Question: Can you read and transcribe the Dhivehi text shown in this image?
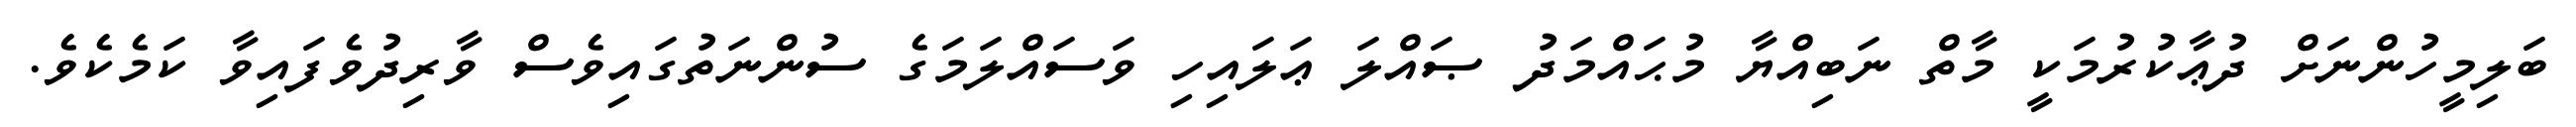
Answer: ބަލިމީހުންނަށް ދުޢާކުރުމަކީ މާތް ނަބިއްޔާ މުޙައްމަދު ޞައްލަ ޢަލައިހި ވަސައްލަމަގެ ސުންނަތުގައިވެސް ވާރިދުވެފައިވާ ކަމެކެވެ.